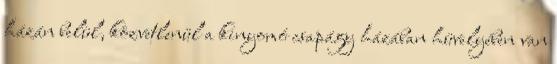
házán belül, közvetlenül a kinyomó csapágy házában hüvelyében van